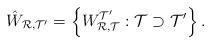
LaTeX: \begin{align*}\hat{W}_{{\mathcal{R}},{\mathcal{T}'}}=\left\{W_{{\mathcal{R}},{\mathcal{T}}}^{\mathcal{T}'}: \mathcal{T}\supset\mathcal{T}'\right\}.\end{align*}